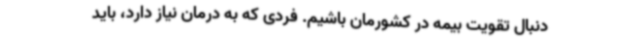
دنبال تقویت بیمه در کشورمان باشیم. فردی که به درمان نیاز دارد، باید